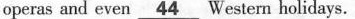
operas and even \underline{44}Western holidays.